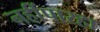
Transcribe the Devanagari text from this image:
नहींपारहा